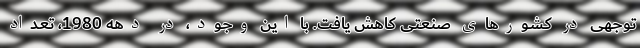
توجهی در کشورهای صنعتی کاهش یافت. با این وجود، در دهه 1980، تعداد